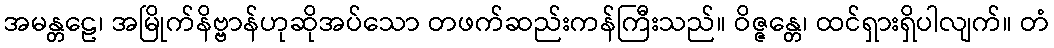
အမန္တဠေ၊ အမြိုက်နိဗ္ဗာန်ဟုဆိုအပ်သော တဖက်ဆည်းကန်ကြီးသည်။ ဝိဇ္ဇန္တေ၊ ထင်ရှားရှိပါလျက်။ တံ